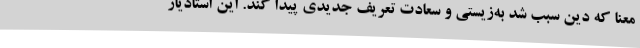
معنا که دین سبب شد به‌زیستی و سعادت تعریف جدیدی پیدا کند. این استادیار